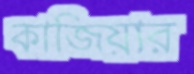
কাজিয়ার